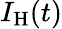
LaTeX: I_{\mathrm{H}}(t)